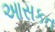
આસકત